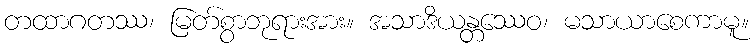
တထာဂတဿ၊ မြတ်စွာဘုရားအား။ အသာဒိယန္တဿေဝ၊ မသာယာစေကာမူ။